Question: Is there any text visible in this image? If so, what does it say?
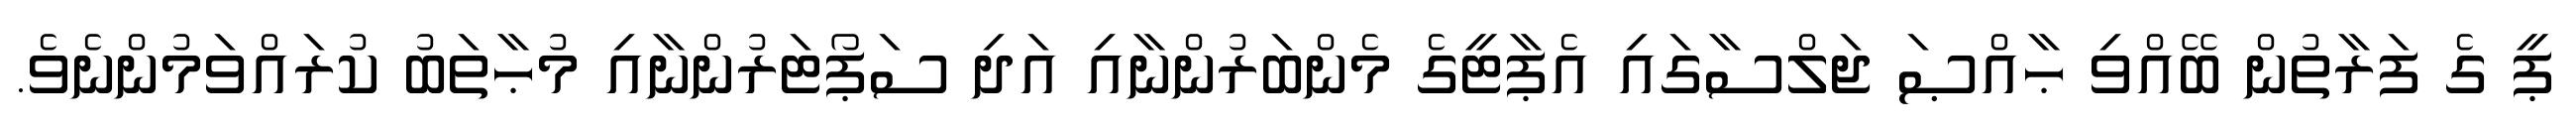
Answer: ޕީ ގެ ފަރާތުން ބޭއްވި ޙާއްޞަ ޖަލްސާގައި އެޕާޓީގެ މެންބަރުންނާއި އަދި ސަޕޯޓަރުންނާއި މުޙާތަބު ކުރައްވަމުންނެވެ.